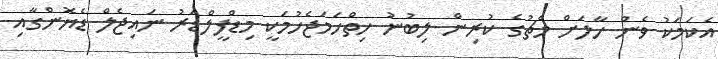
އެކަމަކު ވެން ހާލަށް މެޗުގެ ކުރިން ލިބުނު ހިތްހަމަޖެހުމަކީ މިޑްފީލްޑަރު ނައިޖެލް ޑެޔޮންގާއި